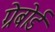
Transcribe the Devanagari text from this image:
ग्रेबोर्ड